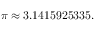
\pi \approx 3 . 1 4 1 5 9 2 5 3 3 5 .